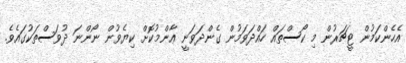
އެހެންކަމުން ޓީޗަރުން މި ކޯސްތައް ހައްދަވަމުން ގެންދަވަނީ ޢާންމުކޮށް ކިޔެވުން ނޯންނަ ދުވަސްތަކުގައެވެ.